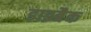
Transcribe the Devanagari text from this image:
डाइबैक